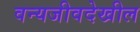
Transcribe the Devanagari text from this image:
वन्यजीवदेखील